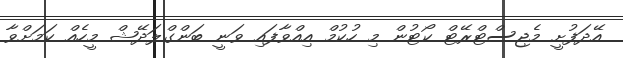
އޭދަފުށީ މެޖިސްޓްރޭޓް ކޯޓުން މި ހުކުމް އިއްވާފައި ވަނީ ބަންގްލަދޭޝް މީހެއް ކަމަށްވާ